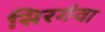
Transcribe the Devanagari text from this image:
सिरगंवा